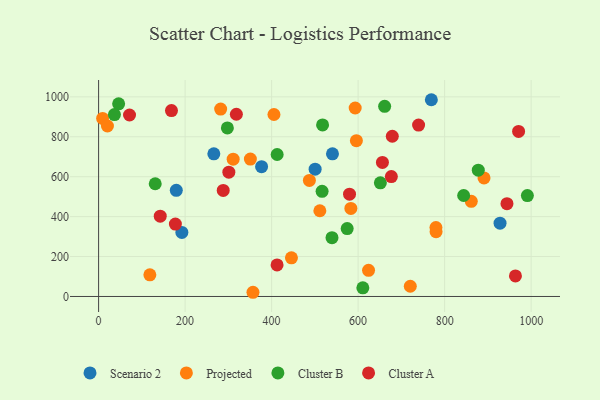
{"axis": {"x": "Distance", "y": "Rating"}, "legend": ["Cluster A", "Cluster B", "Projected", "Scenario 2"], "data": [{"x": "266.4", "y": 714.7, "type": "Scenario 2"}, {"x": "376.8", "y": 650.1, "type": "Scenario 2"}, {"x": "540.7", "y": 714.5, "type": "Scenario 2"}, {"x": "192.5", "y": 320.6, "type": "Scenario 2"}, {"x": "179.6", "y": 531.9, "type": "Scenario 2"}, {"x": "500.6", "y": 637.6, "type": "Scenario 2"}, {"x": "769.3", "y": 985.6, "type": "Scenario 2"}, {"x": "928.1", "y": 367.0, "type": "Scenario 2"}, {"x": "891.1", "y": 593.7, "type": "Projected"}, {"x": "596.0", "y": 780.5, "type": "Projected"}, {"x": "861.6", "y": 476.7, "type": "Projected"}, {"x": "350.9", "y": 688.5, "type": "Projected"}, {"x": "9.3", "y": 892.0, "type": "Projected"}, {"x": "624.1", "y": 131.1, "type": "Projected"}, {"x": "583.2", "y": 441.2, "type": "Projected"}, {"x": "779.9", "y": 345.4, "type": "Projected"}, {"x": "282.2", "y": 939.0, "type": "Projected"}, {"x": "405.4", "y": 911.6, "type": "Projected"}, {"x": "118.5", "y": 108.6, "type": "Projected"}, {"x": "593.2", "y": 944.1, "type": "Projected"}, {"x": "311.1", "y": 687.7, "type": "Projected"}, {"x": "445.8", "y": 193.7, "type": "Projected"}, {"x": "511.5", "y": 429.4, "type": "Projected"}, {"x": "720.6", "y": 51.1, "type": "Projected"}, {"x": "780.2", "y": 324.7, "type": "Projected"}, {"x": "20.4", "y": 854.0, "type": "Projected"}, {"x": "487.3", "y": 581.4, "type": "Projected"}, {"x": "356.9", "y": 21.0, "type": "Projected"}, {"x": "877.8", "y": 632.5, "type": "Cluster B"}, {"x": "516.7", "y": 526.7, "type": "Cluster B"}, {"x": "46.3", "y": 965.0, "type": "Cluster B"}, {"x": "661.3", "y": 952.6, "type": "Cluster B"}, {"x": "297.7", "y": 844.1, "type": "Cluster B"}, {"x": "651.4", "y": 569.1, "type": "Cluster B"}, {"x": "36.6", "y": 911.2, "type": "Cluster B"}, {"x": "844.0", "y": 505.8, "type": "Cluster B"}, {"x": "130.9", "y": 564.6, "type": "Cluster B"}, {"x": "610.9", "y": 43.3, "type": "Cluster B"}, {"x": "412.8", "y": 711.3, "type": "Cluster B"}, {"x": "574.7", "y": 340.1, "type": "Cluster B"}, {"x": "539.6", "y": 294.6, "type": "Cluster B"}, {"x": "991.3", "y": 505.2, "type": "Cluster B"}, {"x": "517.8", "y": 859.4, "type": "Cluster B"}, {"x": "580.1", "y": 512.5, "type": "Cluster A"}, {"x": "944.1", "y": 464.8, "type": "Cluster A"}, {"x": "142.5", "y": 402.4, "type": "Cluster A"}, {"x": "288.1", "y": 531.3, "type": "Cluster A"}, {"x": "963.7", "y": 102.9, "type": "Cluster A"}, {"x": "177.5", "y": 362.7, "type": "Cluster A"}, {"x": "971.0", "y": 826.7, "type": "Cluster A"}, {"x": "318.5", "y": 912.9, "type": "Cluster A"}, {"x": "656.2", "y": 671.5, "type": "Cluster A"}, {"x": "676.8", "y": 600.4, "type": "Cluster A"}, {"x": "679.0", "y": 802.6, "type": "Cluster A"}, {"x": "412.6", "y": 157.8, "type": "Cluster A"}, {"x": "301.1", "y": 622.5, "type": "Cluster A"}, {"x": "739.8", "y": 858.6, "type": "Cluster A"}, {"x": "168.5", "y": 931.3, "type": "Cluster A"}, {"x": "71.5", "y": 909.2, "type": "Cluster A"}]}